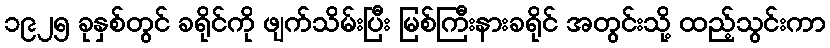
၁၉၂၅ ခုနှစ်တွင် ခရိုင်ကို ဖျက်သိမ်းပြီး မြစ်ကြီးနားခရိုင် အတွင်းသို့ ထည့်သွင်းကာ